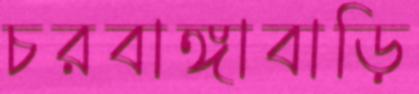
চরবাঙ্গাবাড়ি